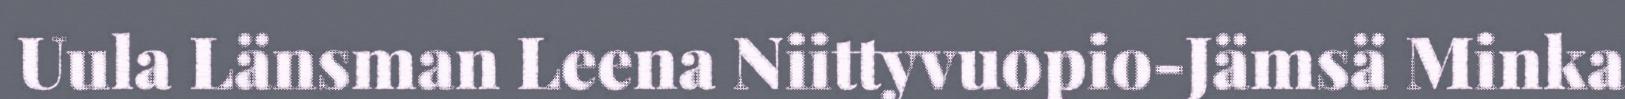
Uula Länsman Leena Niittyvuopio-Jämsä Minka